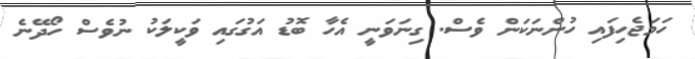
ހަމަޖެހިފައި ހުންނަކަން ވެސް. ގިނަވަނީ އެހާ ބޮޑު އަގުގައި ވަކީލަކު ނުވެސް ހޯދޭނެ